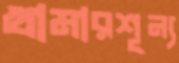
খামারশূন্য